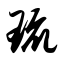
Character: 琉